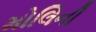
મોલિની